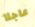
عاجلا